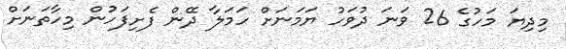
މިދިޔަ މަހުގެ 26 ވަނަ ދުވަހު ޔަމަނަށް ހަމަލާ ދޭން ފެށިފަހުން މިހާތަނަށް